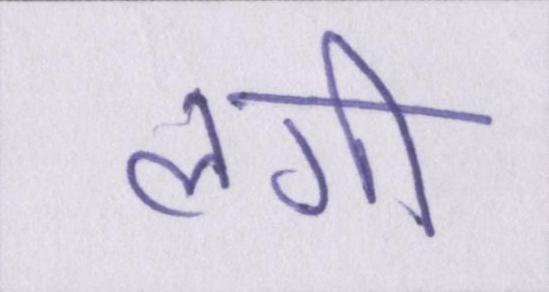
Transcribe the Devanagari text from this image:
लगी